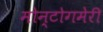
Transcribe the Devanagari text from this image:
मोन्टोगमेरी